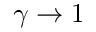
\gamma \rightarrow 1